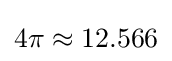
4\pi \approx 12.566